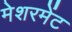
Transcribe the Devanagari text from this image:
मेशरमेंट